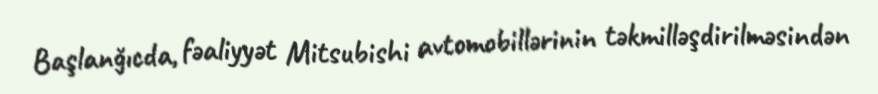
Başlanğıcda, fəaliyyət Mitsubishi avtomobillərinin təkmilləşdirilməsindən